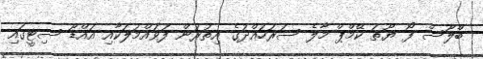
ބްލޫސް ފޯ ޔޫތު ކޭމްޕް މާލެ ސަރަހައްދުގެ އިތުރުން ފުވައްމުލަކާއި އައްޑޫ ސިޓީގައި